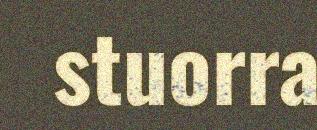
stuorra